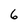
Character: 6